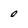
Character: 0